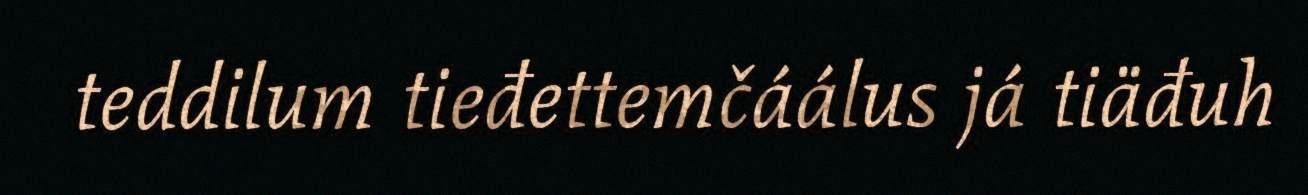
teddilum tieđettemčáálus já tiäđuh